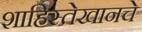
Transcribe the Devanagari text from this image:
शाहिस्तेखानचे